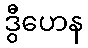
ဒွီဟေန